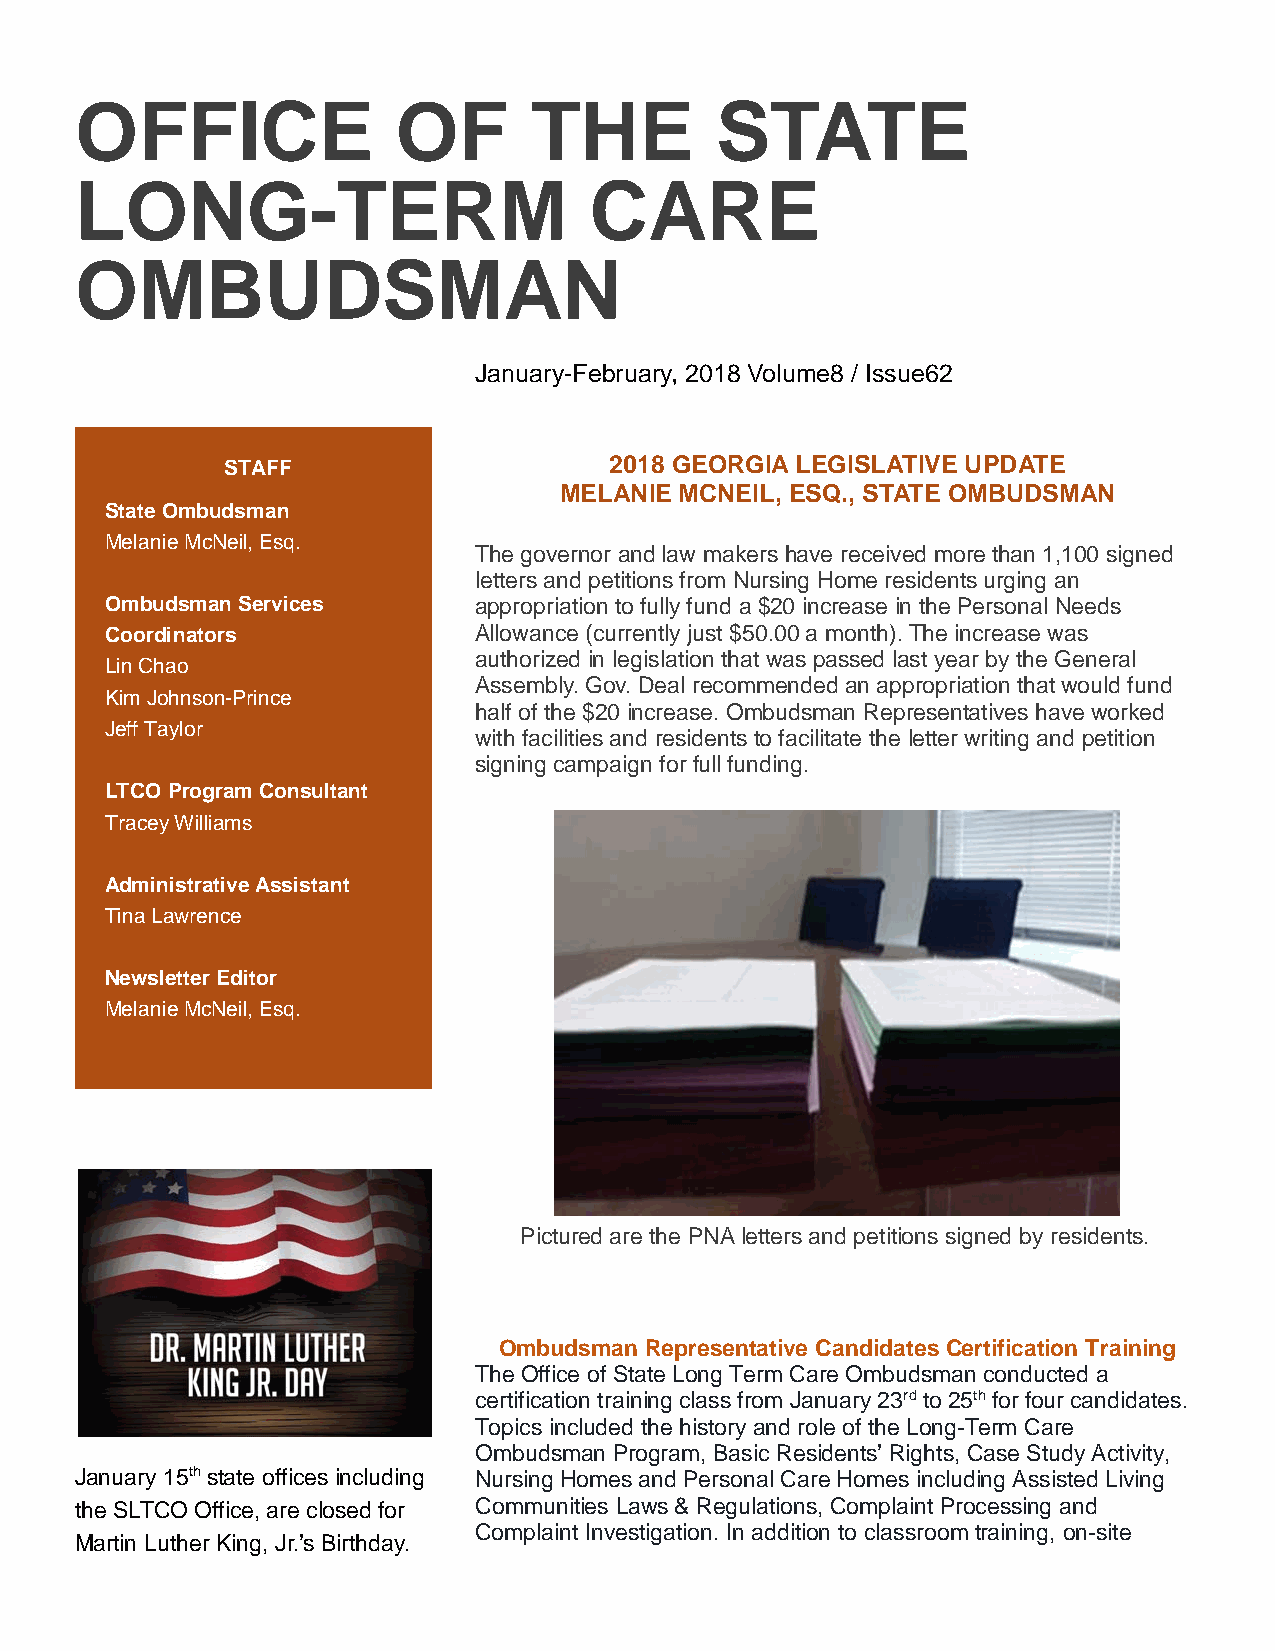
OFFICE               OF       THE         STATE
 LONG-TERM                         CARE
 OMBUDSMAN
 January-February, 2018 Volume8 / Issue62
 STAFF                    2018 GEORGIA LEGISLATIVE UPDATE
 MELANIE MCNEIL, ESQ., STATE OMBUDSMAN
 State Ombudsman
 Melanie McNeil, Esq.
 The governor and law makers have received more than 1,100 signed
 letters and petitions from Nursing Home residents urging an
 Ombudsman Services      appropriation to fully fund a $20 increase in the Personal Needs
 Coordinators            Allowance (currently just $50.00 a month). The increase was
 authorized in legislation that was passed last year by the General
 Lin Chao
 Assembly. Gov. Deal recommended an appropriation that would fund
 Kim Johnson-Prince
 half of the $20 increase. Ombudsman Representatives have worked
 Jeff Taylor
 with facilities and residents to facilitate the letter writing and petition
 signing campaign for full funding.
 LTCO Program Consultant
 Tracey Williams
 Administrative Assistant
 Tina Lawrence
 Newsletter Editor
 Melanie McNeil, Esq.
 Pictured are the PNA letters and petitions signed by residents.
 Ombudsman Representative Candidates Certification Training
 The Office of State Long Term Care Ombudsman conducted a
 certification training class from January 23rd to 25th for four candidates.
 Topics included the history and role of the Long-Term Care
 Ombudsman Program, Basic Residents’ Rights, Case Study Activity,
 January 15th state offices including Nursing Homes and Personal Care Homes including Assisted Living
 the SLTCO Office, are closed for Communities Laws & Regulations, Complaint Processing and
 Complaint Investigation. In addition to classroom training, on-site
 Martin Luther King, Jr.’s Birthday.